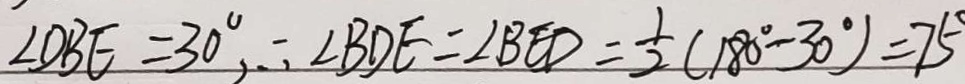
\angle D B E = 3 0 ^ { \circ } , \therefore \angle B D E = \angle B E D = \frac { 1 } { 2 } ( 1 8 0 ^ { \circ } - 3 0 ^ { \circ } ) = 7 5 ^ { \circ }